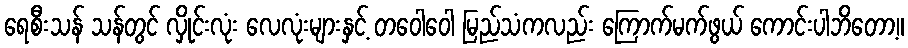
ရေစီးသန် သန်တွင် လှိုင်းလုံး လေလုံးများနှင့် တဝေါဝေါ မြည်သံကလည်း ကြောက်မက်ဖွယ် ကောင်းပါဘိတော့။